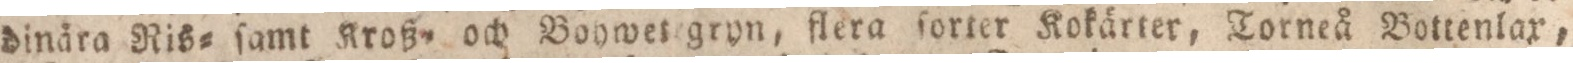
dinära Ris= ſamt Kroß= och Bohwet gryn, flera ſorter Kokärter, Torneå Bottenlax,